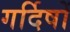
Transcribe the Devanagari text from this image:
गर्दिषों